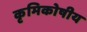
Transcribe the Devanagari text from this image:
कृमिकोषीय